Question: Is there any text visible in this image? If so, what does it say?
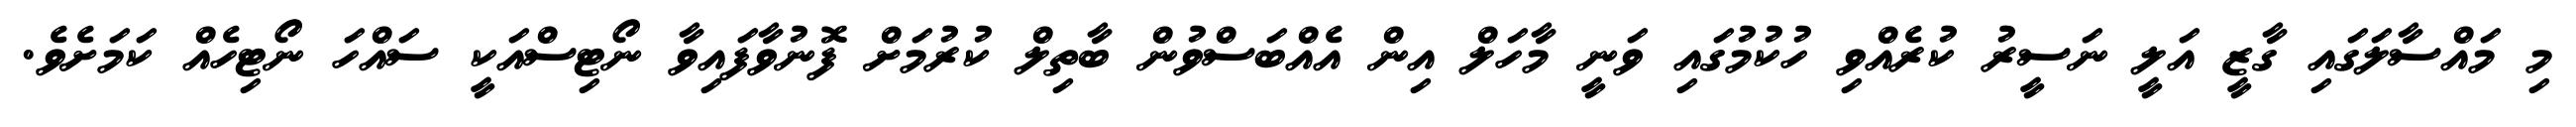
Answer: މި މައްސާލަގައި ގާޒީ އަލީ ނަސީރު ކުރެއްވި ހުކުމުގައި ވަނީ މާހަލް އިން އެއްބަސްވުން ބާތިލް ކުރުމަށް ފޮނުވާފައިވާ ނޯޓިސްއަކީ ސައްހަ ނޯޓިހެއް ކަމަށެވެ.